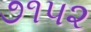
૭૧૫૨